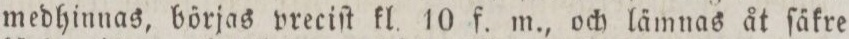
medhinnas, börjas vreciſt kl. 10 f. m., och lämnas åt ſäkre